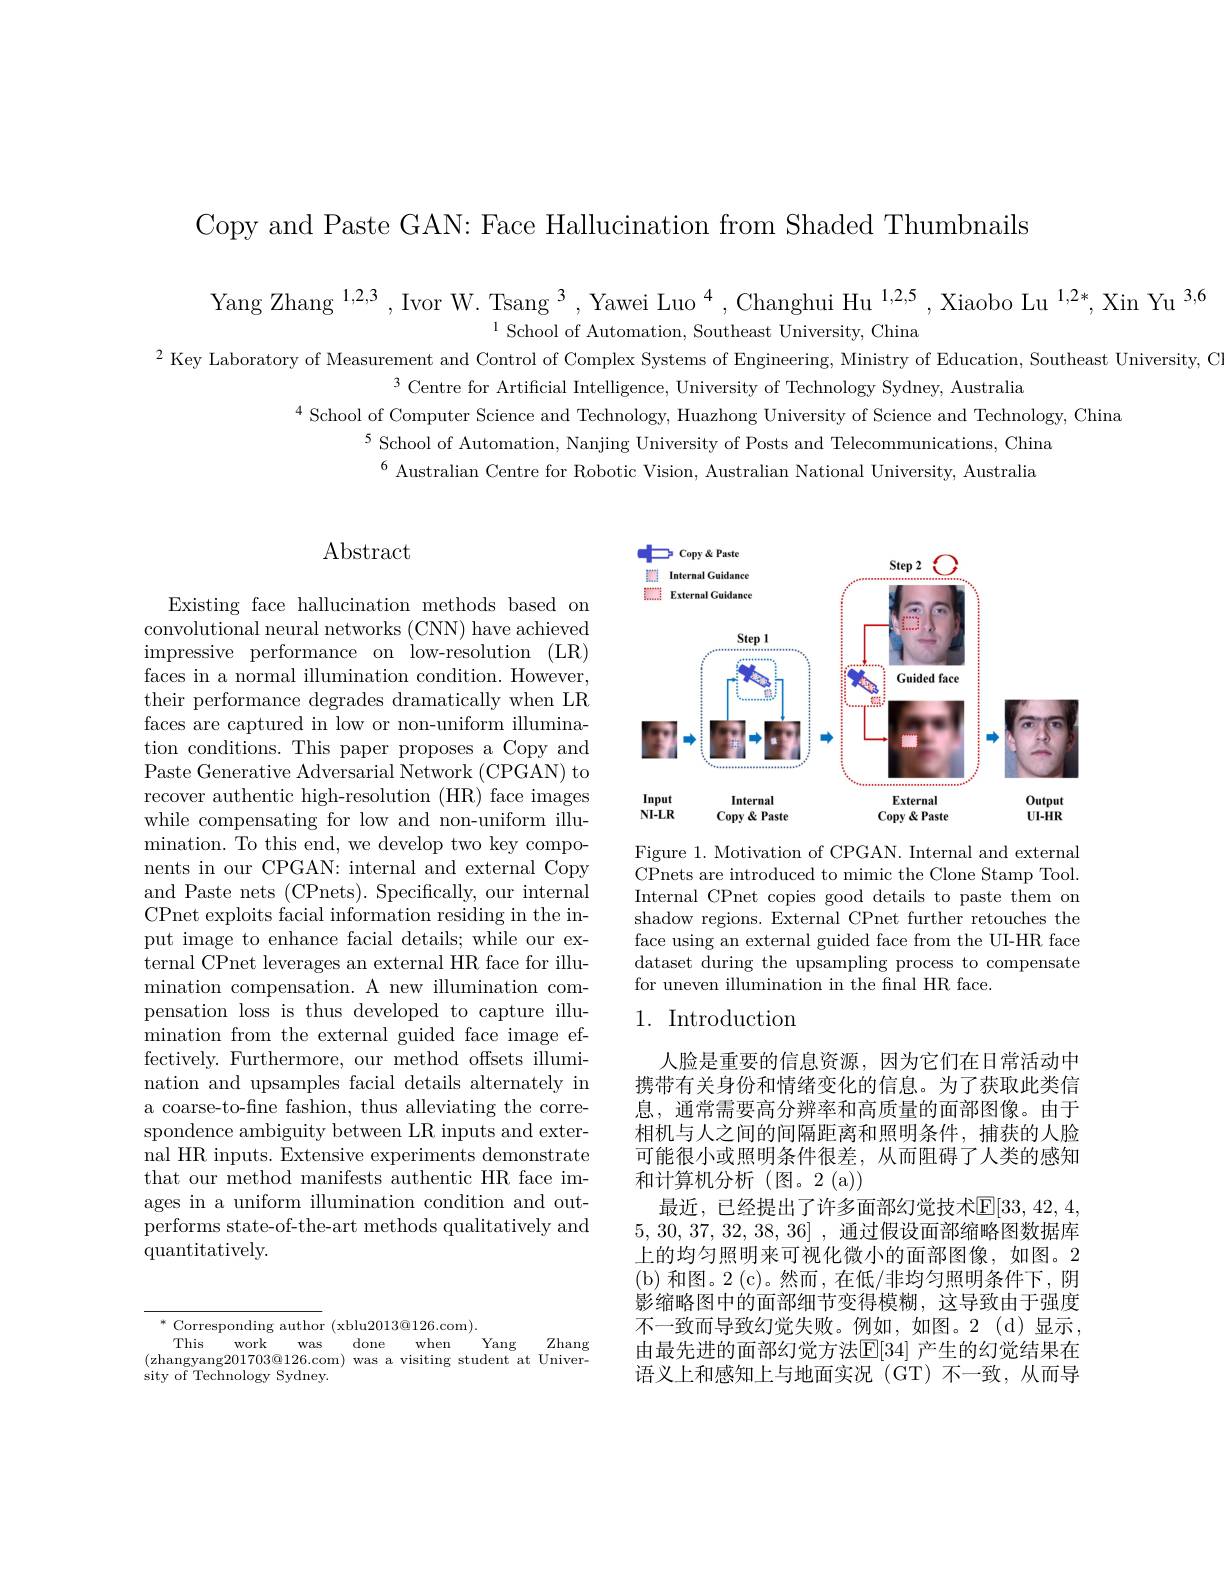
Copy and Paste GAN: Face Hallucination from Shaded Thumbnails

Yang Zhang $^{1,2,3}$,Ivor W. Tsang$^{3},\text{Yawei Luo}^{4},\text{Changhui Hu}^{1,2,5}$,Xiaobo Lu$^{1,2*}$,Xin Yu$^{3,6}$

$^{1}$ School of Automation, Southeast University, China
$^{2}$ Key Laboratory of Measurement and Control of Complex Systems of Engineering, Ministry of Education, Southeast University, C

$^{3}$ Centre for Artificial Intelligence, University of Technology Sydney, Australia
$^{4}$ School of Computer Science and Technology, Huazhong University of Science and Technology, China
$^{5}$ School of Automation, Nanjing University of Posts and Telecommunications, China
$^{6}$ Australian Centre for Robotic Vision, Australian National University, Australia

# $\operatorname{Abstract}$

Existing face hallucination methods based on convolutional neural networks (CNN) have achieved impressive performance on low-resolution (LR) faces in a normal illumination condition. However, their performance degrades dramatically when LR faces are captured in low or non-uniform illumination conditions. This paper proposes a Copy and Paste Generative Adversarial Network (CPGAN) to recover authentic high-resolution (HR) face images while compensating for low and non-uniform illumination. To this end, we develop two key components in our CPGAN: internal and external Copy and Paste nets (CPnets). Specifically, our internal CPnet exploits facial information residing in the input image to enhance facial details; while our external CPnet leverages an external HR face for illumination compensation. A new illumination compensation loss is thus developed to capture illumination from the external guided face image effectively. Furthermore, our method offsets illumination and upsamples facial details alternately in a coarse-to-fne fashion, thus alleviating the correspondence ambiguity between LR inputs and external HR inputs. Extensive experiments demonstrate that our method manifests authentic HR face images in a uniform illumination condition and outperforms state-of-the-art methods qualitatively and quantitatively.

$^*$ Corresponding author (xblu2013@126.com).
Yang
This
work
done
when
Zhang
was
(zhangyang$201703@126.$com) was a visiting student at Univer-
sity of Technology Sydney.

<FigureHere>

Figure 1. Motivation of CPGAN. Internal and external CPnets are introduced to mimic the Clone Stamp Tool. Internal CPnet copies good details to paste them on shadow regions. External CPnet further retouches the face using an external guided face from the UI-HR face dataset during the upsampling process to compensate for uneven illumination in the fnal HR face.

## 1. Introduction

人脸是重要的信息资源，因为它们在日常活动中携带有关身份和情绪变化的信息。为了获取此类信息，通常需要高分辨率和高质量的面部图像。由于相机与人之间的间隔距离和照明条件，捕获的人脸可能很小或照明条件很差，从而阻碍了人类的感知和计算机分析(图。2(a))
最近，已经提出了许多面部幻觉技术$\mathbb{E}[33,42,4$, 5, 30, 37, 32, 38, 36] , 通过假设面部缩略图数据库上的均匀照明来可视化微小的面部图像，如图。2 ( b) 和 图 。2 ( c) 。然 而 , 在 低 / 非 均 匀 照 明 条 件 下 , 阴影缩略图中的面部细节变得模糊，这导致由于强度不一致而导致幻觉失败。例如，如图。2(d)显示， 由最先进的面部幻觉方法$\mathbb{E}[34]$ 产生的幻觉结果在语义上和感知上与地面实况(GT)不一致，从而导